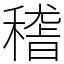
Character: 𥡴